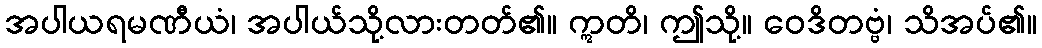
အပါယရမဏီယံ၊ အပါယ်သို့လားတတ်၏။ ဣတိ၊ ဤသို့။ ဝေဒိတဗ္ဗံ၊ သိအပ်၏။